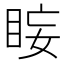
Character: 𭾰